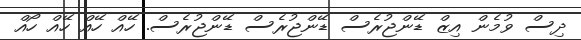
ދިސް ވުމެން އިޒް ޑޭންޖުރެސް ޑޭންޖުރެސް ޑޭންޖުރެސް. ހޭއް ހޭއް ހޭއް ހޯއް